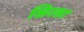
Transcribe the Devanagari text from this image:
सिरसा